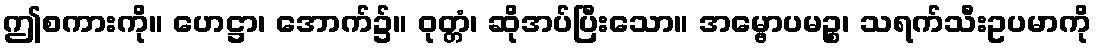
ဤစကားကို။ ဟေဋ္ဌာ၊ အောက်၌။ ဝုတ္တံ၊ ဆိုအပ်ပြီးသော။ အမ္ဗောပမဉ္စ၊ သရက်သီးဥပမာကို